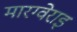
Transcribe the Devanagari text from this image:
मारग्वेराइ